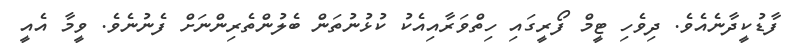
ފާޑުކީދާނެއެވެ. ދިވެހި ޓީމް ފޯރީގައި ހިތްވަރާއިއެކު ކުޅުނުތަން ބެލުންތެރިންނަށް ފެނުނެވެ. ވީމާ އެއީ